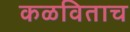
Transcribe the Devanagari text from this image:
कळविताच